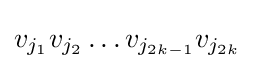
{\textstyle v_{j_{1}}v_{j_{2}}\dots v_{j_{2k-1}}v_{j_{2k}}}